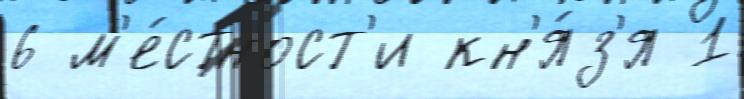
6 м'е́стност'и кн'я́з'я 1